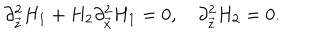
\partial _ { \vec { z } } ^ { 2 } H _ { 1 } + H _ { 2 } \partial _ { \vec { x } } ^ { 2 } H _ { 1 } = 0 , \partial _ { \vec { z } } ^ { 2 } H _ { 2 } = 0 .